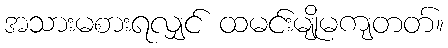
အသားမစားရလျှင် ထမင်းမျိုမကျတတ်။